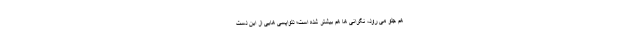
هم جلو می رود، نگرانی ها هم بیشتر شده است؛ دلواپسی هایی از این دست